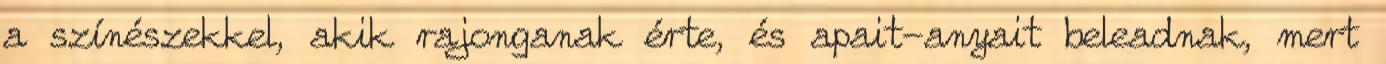
a színészekkel, akik rajonganak érte, és apait-anyait beleadnak, mert